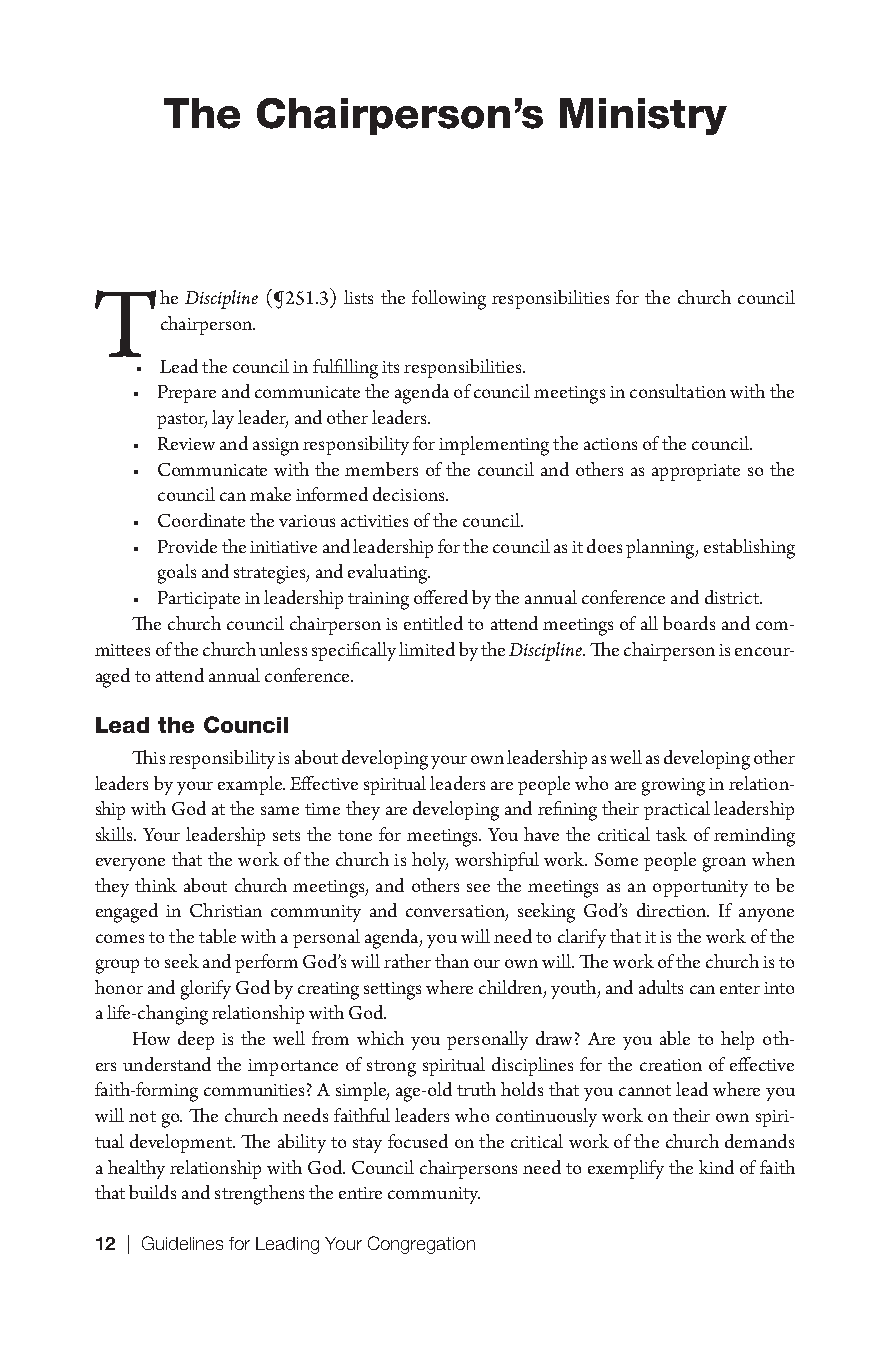
The   Chairperson’s       Ministry
 The   Discipline (¶251.3) lists the following responsibilities for the church council
 chairperson.
 • Lead the council in fulfilling its responsibilities.
 • Prepare and communicate the agenda of council meetings in consultation with the
 pastor, lay leader, and other leaders.
 • Review and assign responsibility for implementing the actions of the council.
 • Communicate with the members of the council and others as appropriate so the
 council can make informed decisions.
 • Coordinate the various activities of the council.
 • Provide the initiative and leadership for the council as it does planning, establishing
 goals and strategies, and evaluating.
 • Participate in leadership training offered by the annual conference and district.
 The church council chairperson is entitled to attend meetings of all boards and com-
 mittees of the church unless specifically limited by the Discipline. The chairperson is encour-
 aged to attend annual conference.
 Lead the Council
 This responsibility is about developing your own leadership as well as developing other
 leaders by your example. Effective spiritual leaders are people who are growing in relation-
 ship with God at the same time they are developing and refining their practical leadership
 skills. Your leadership sets the tone for meetings. You have the critical task of reminding
 everyone that the work of the church is holy, worshipful work. Some people groan when
 they think about church meetings, and others see the meetings as an opportunity to be
 engaged in Christian community and conversation, seeking God’s direction. If anyone
 comes to the table with a personal agenda, you will need to clarify that it is the work of the
 group to seek and perform God’s will rather than our own will. The work of the church is to
 honor and glorify God by creating settings where children, youth, and adults can enter into
 a life-changing relationship with God.
 How deep is the well from which you personally draw? Are you able to help oth-
 ers understand the importance of strong spiritual disciplines for the creation of effective
 faith-forming communities? A simple, age-old truth holds that you cannot lead where you
 will not go. The church needs faithful leaders who continuously work on their own spiri-
 tual development. The ability to stay focused on the critical work of the church demands
 a healthy relationship with God. Council chairpersons need to exemplify the kind of faith
 that builds and strengthens the entire community.
 12 | Guidelines for Leading Your Congregation
 9781501830303_INT_layout.indd 12                   8/30/16 1:06 PM